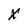
Character: X